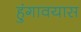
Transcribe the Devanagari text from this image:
हुंगावयास